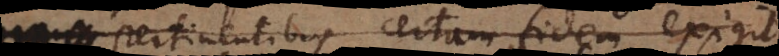
pertinentibus certam fidem exigit